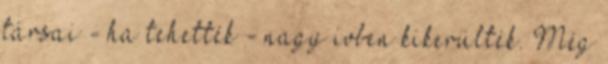
társai - ha tehették - nagy ívben kikerülték. Még